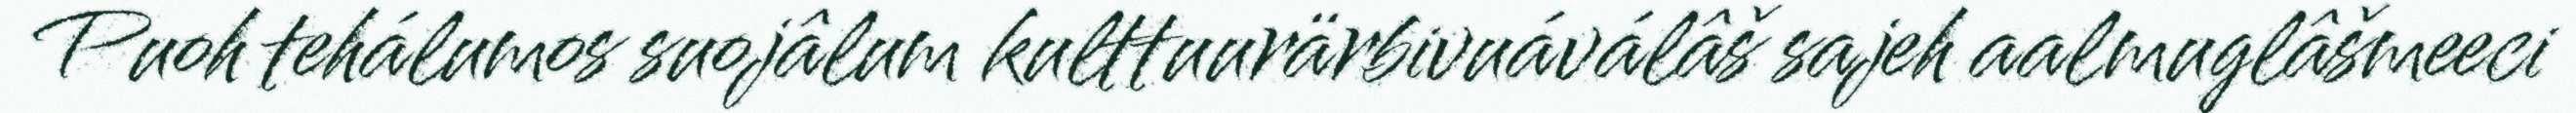
Puoh tehálumos suojâlum kulttuurärbivuáválâš sajeh aalmuglâšmeeci